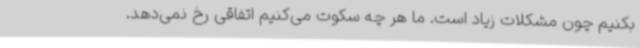
بکنیم چون مشکلات زیاد است. ما هر چه سکوت می‌کنیم اتفاقی رخ نمی‌دهد.